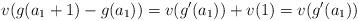
LaTeX: \begin{align*}v(g(a_1+1)-g(a_1))=v(g'(a_1))+v(1)=v(g'(a_1)) \end{align*}